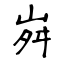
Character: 𡶷